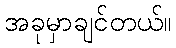
အခုမှာချင်တယ်။